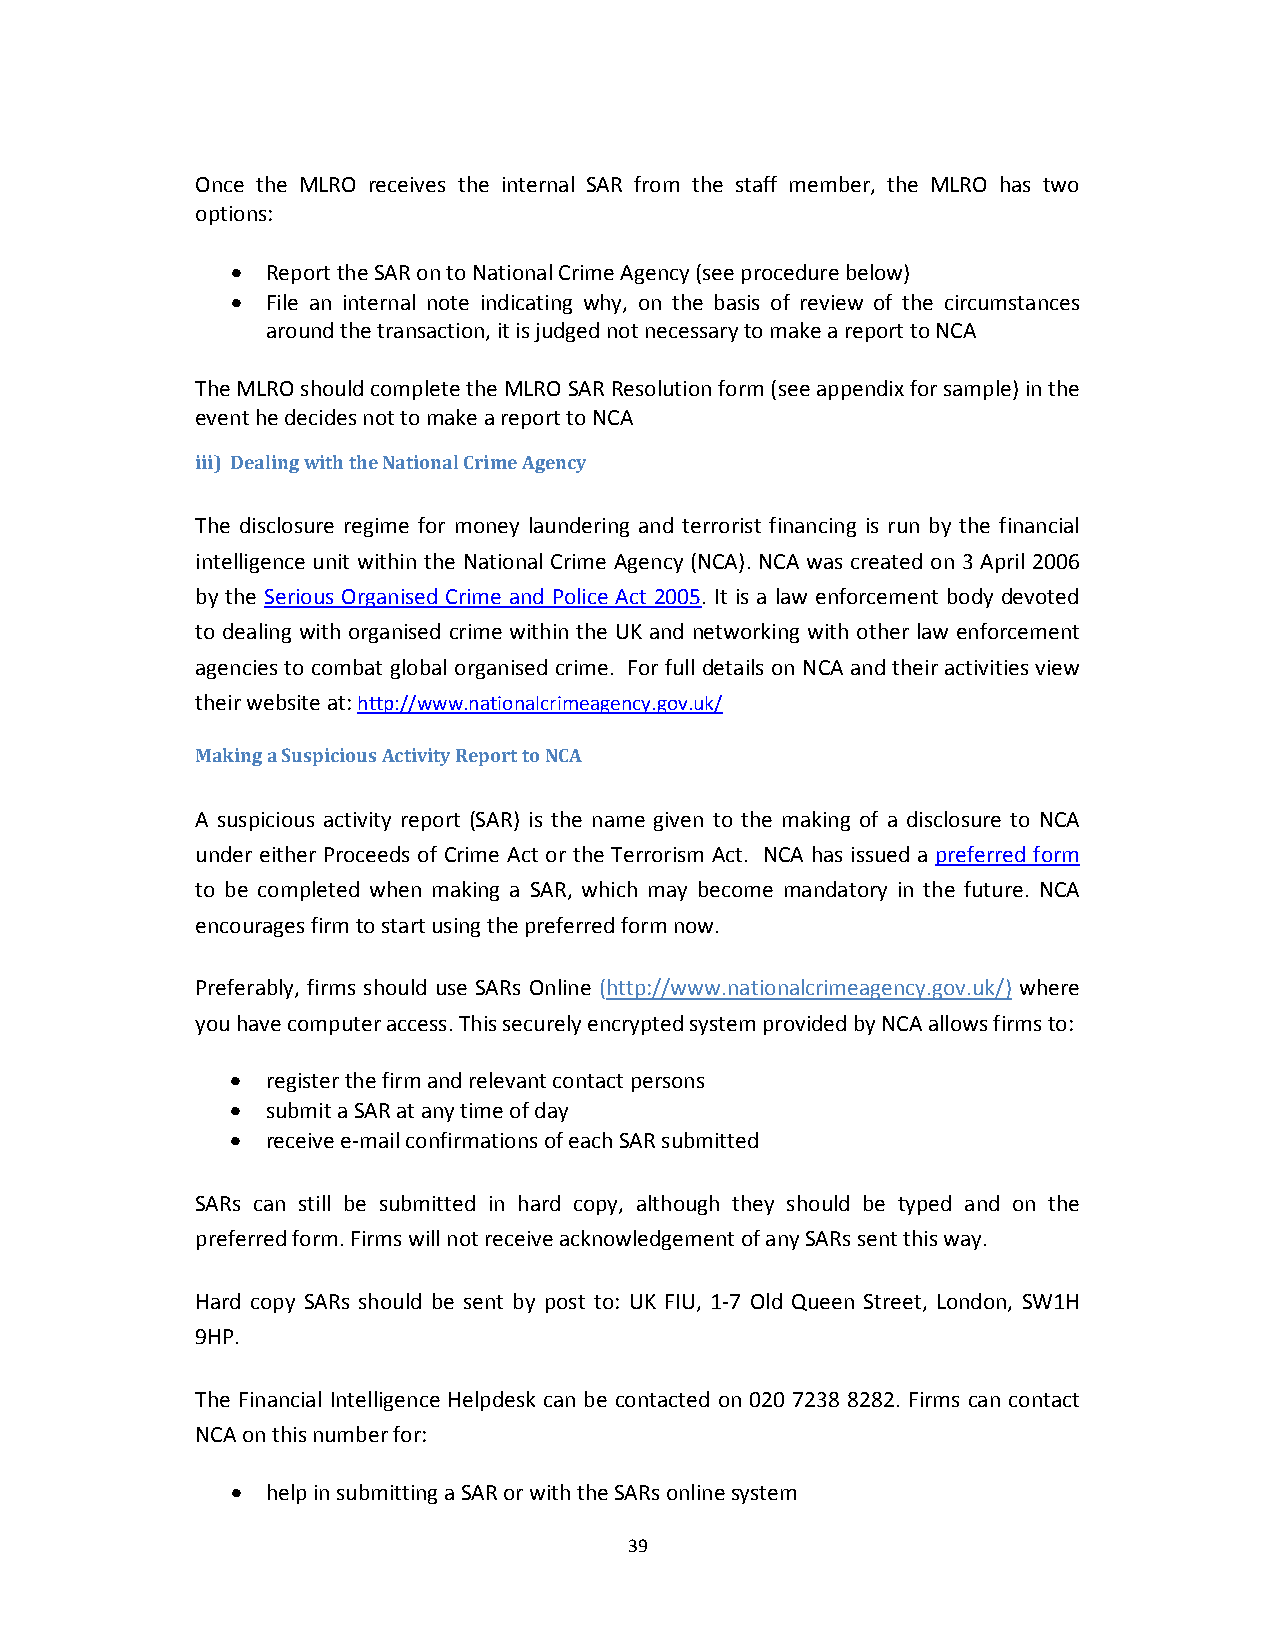
Once the MLRO receives the internal SAR from the staff member, the MLRO has two
 options:
   Report the SAR on to National Crime Agency (see procedure below)
   File an internal note indicating why, on the basis of review of the circumstances
 around the transaction, it is judged not necessary to make a report to NCA
 The MLRO should complete the MLRO SAR Resolution form (see appendix for sample) in the
 event he decides not to make a report to NCA
 iii) Dealing with the National Crime Agency
 The disclosure regime for money laundering and terrorist financing is run by the financial
 intelligence unit within the National Crime Agency (NCA). NCA was created on 3 April 2006
 by the Serious Organised Crime and Police Act 2005. It is a law enforcement body devoted
 to dealing with organised crime within the UK and networking with other law enforcement
 agencies to combat global organised crime. For full details on NCA and their activities view
 their website at: http://www.nationalcrimeagency.gov.uk/
 Making a Suspicious Activity Report to NCA
 A suspicious activity report (SAR) is the name given to the making of a disclosure to NCA
 under either Proceeds of Crime Act or the Terrorism Act. NCA has issued a preferred form
 to be completed when making a SAR, which may become mandatory in the future. NCA
 encourages firm to start using the preferred form now.
 Preferably, firms should use SARs Online (http://www.nationalcrimeagency.gov.uk/) where
 you have computer access. This securely encrypted system provided by NCA allows firms to:
   register the firm and relevant contact persons
   submit a SAR at any time of day
   receive e‐mail confirmations of each SAR submitted
 SARs can still be submitted in hard copy, although they should be typed and on the
 preferred form. Firms will not receive acknowledgement of any SARs sent this way.
 Hard copy SARs should be sent by post to: UK FIU, 1‐7 Old Queen Street, London, SW1H
 9HP.
 The Financial Intelligence Helpdesk can be contacted on 020 7238 8282. Firms can contact
 NCA on this number for:
   help in submitting a SAR or with the SARs online system
 39